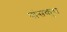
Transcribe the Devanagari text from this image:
पांसकुरा